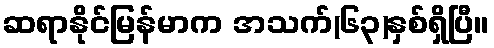
ဆရာနိုင်မြန်မာက အသက်(၆၃)နှစ်ရှိပြီ။